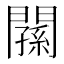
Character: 𨶉